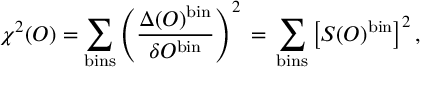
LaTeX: \chi ^ { 2 } ( { \cal O } ) = \sum _ { \mathrm { b i n s } } \left( \frac { \Delta ( { \cal O } ) ^ { \mathrm { b i n } } } { \delta { \cal O } ^ { \mathrm { b i n } } } \right) ^ { 2 } \, = \, \sum _ { \mathrm { b i n s } } \left[ { \cal S } ( { \cal O } ) ^ { \mathrm { b i n } } \right] ^ { 2 } ,